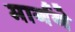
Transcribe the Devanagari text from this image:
मार्गने